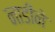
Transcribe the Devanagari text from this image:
नाडीने